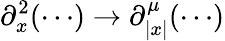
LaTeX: \partial_{x}^{2}(\cdots)\rightarrow\partial_{|x|}^{\mu}(\cdots)